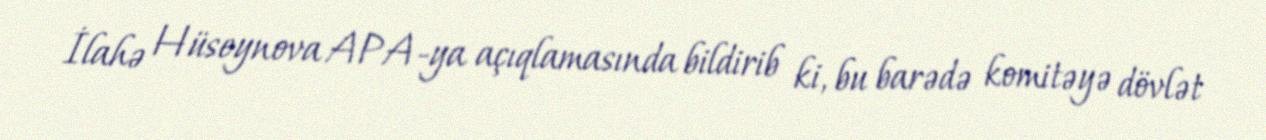
İlahə Hüseynova APA-ya açıqlamasında bildirib ki, bu barədə komitəyə dövlət